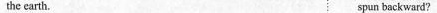
the earth. spun backward?